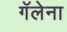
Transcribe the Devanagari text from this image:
गॅलेना